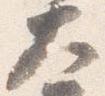
大